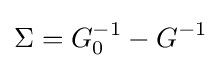
\Sigma =G_{0}^{-1}-G^{-1}